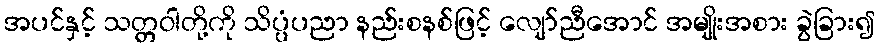
အပင်နှင့် သတ္တဝါတို့ကို သိပ္ပံပညာ နည်းစနစ်ဖြင့် လျော်ညီအောင် အမျိုးအစား ခွဲခြား၍